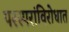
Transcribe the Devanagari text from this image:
परस्परांविरोधात